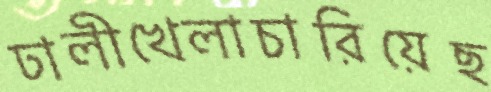
ঢালীখেলাচারিয়েছ